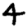
Digit: 4